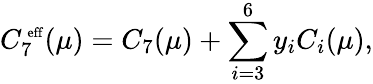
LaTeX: C_{7}^{\mathrm{\scriptsize~eff}}(\mu)=C_{7}(\mu)+\sum_{i=3}^{6}y_{i}C_{i}(\mu),